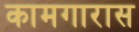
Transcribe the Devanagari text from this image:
कामगारास